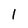
Character: 1